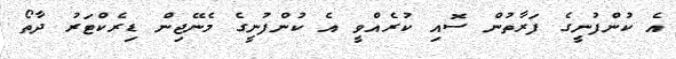
އެ ކުންފުނީގެ ފަރާތުން ސޮއި ކުރެއްވީ އެ ކުންފުނީގެ މެނޭޖިން ޑިރެކްޓަރު ދާތޯ